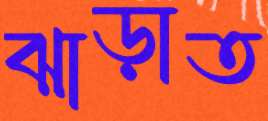
ঝাড়াত